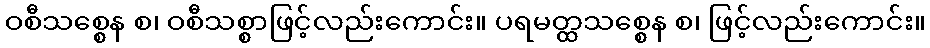
ဝစီသစ္စေန စ၊ ဝစီသစ္စာဖြင့်လည်းကောင်း။ ပရမတ္ထသစ္စေန စ၊ ဖြင့်လည်းကောင်း။